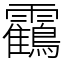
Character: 靍